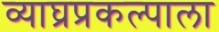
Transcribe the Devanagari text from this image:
व्याघ्रप्रकल्पाला